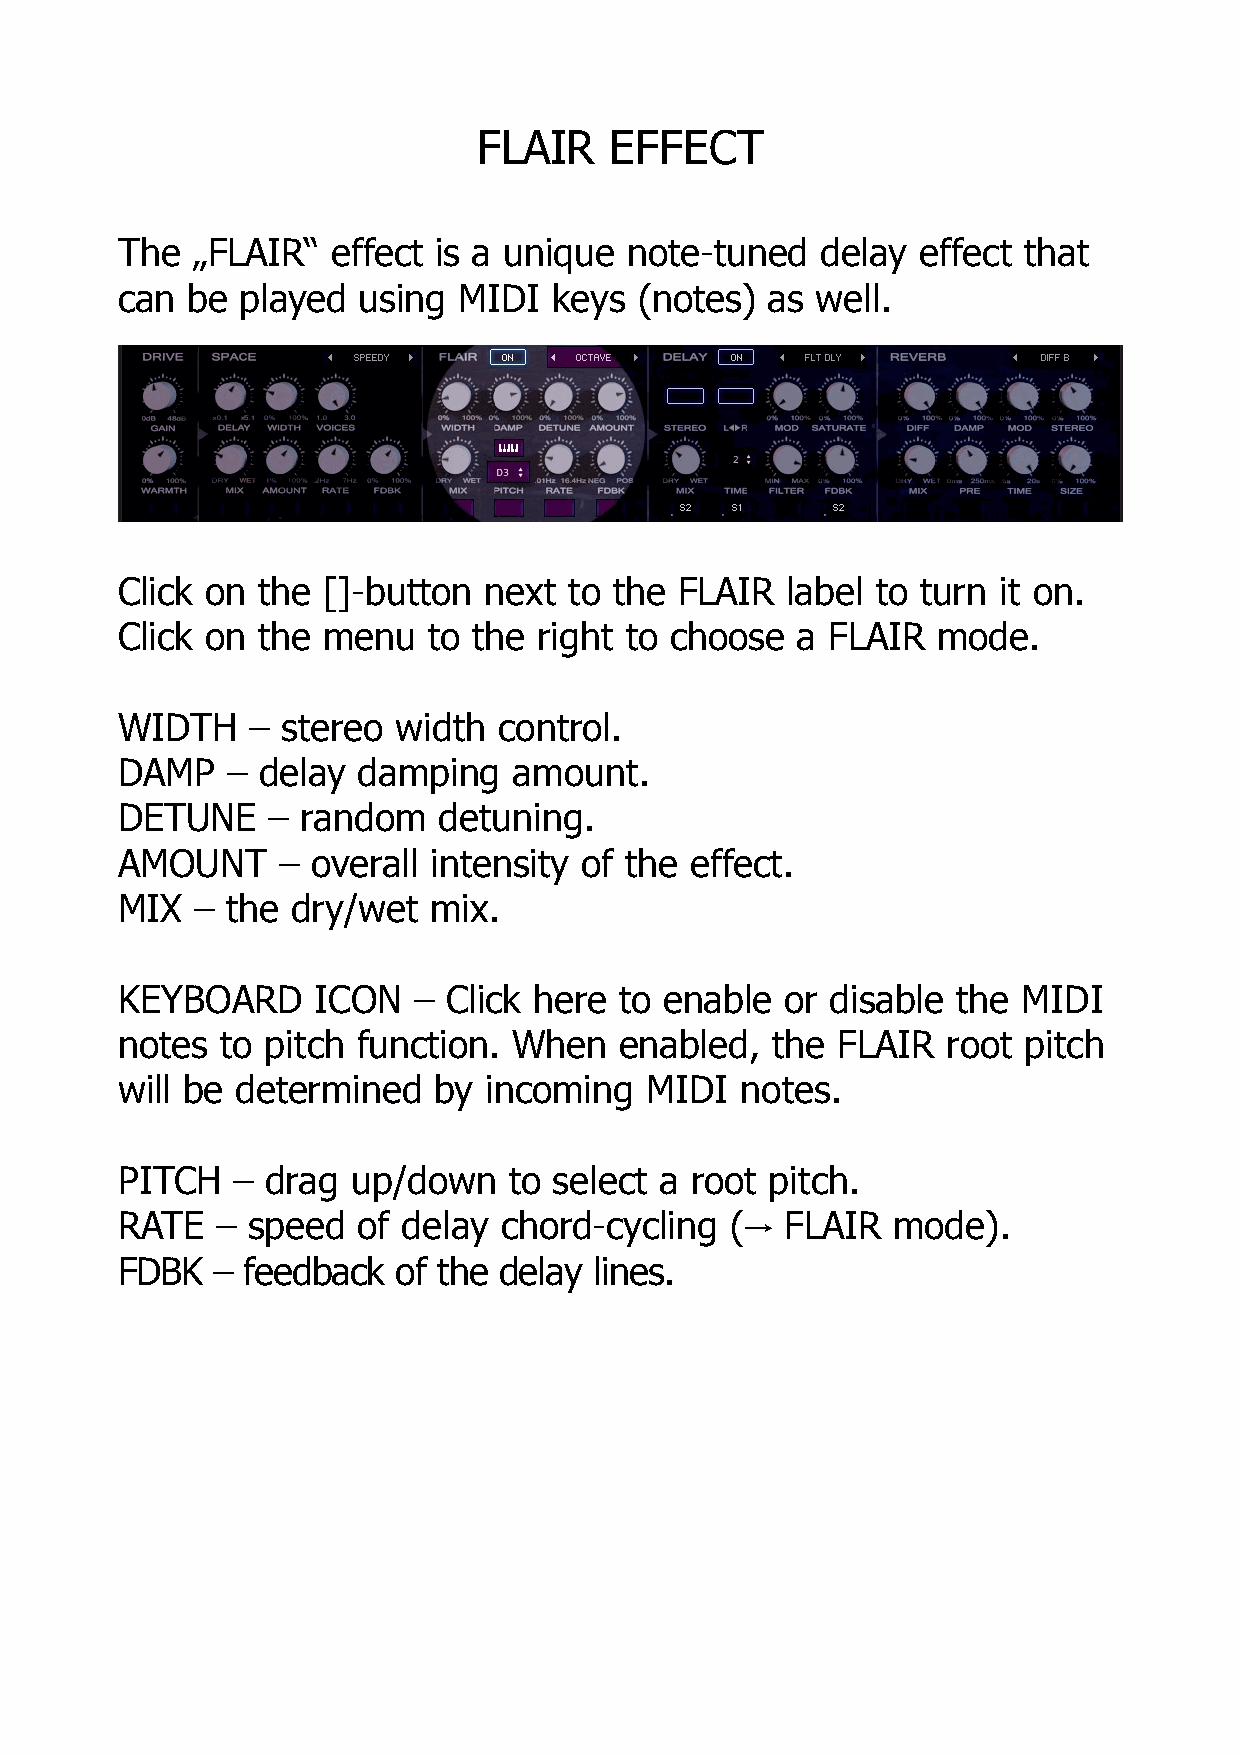
FLAIR   EFFECT
 The  „FLAIR“  effect is a unique  note-tuned  delay  effect that
 can be  played  using MIDI   keys (notes)  as well.
 Click on the []-button  next  to the FLAIR  label to turn it on.
 Click on the menu   to the  right to choose  a FLAIR  mode.
 WIDTH    – stereo width  control.
 DAMP   – delay  damping   amount.
 DETUNE    – random   detuning.
 AMOUNT    –  overall intensity of the effect.
 MIX  – the dry/wet  mix.
 KEYBOARD     ICON  –  Click here to enable  or disable the  MIDI
 notes  to pitch function. When   enabled,  the FLAIR   root pitch
 will be determined   by incoming   MIDI  notes.
 PITCH  –  drag up/down    to select a root pitch.
 RATE  – speed   of delay chord-cycling  (   FLAIR  mode).
 →
 FDBK  – feedback  of the delay lines.